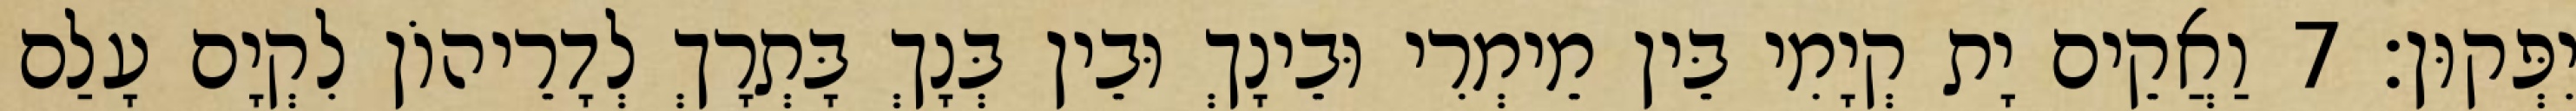
יִפְּקוּן׃ 7 וַאֲקֵים יָת קְיָמִי בֵּין מֵימְרִי וּבֵינָךְ וּבֵין בְּנָךְ בָּתְרָךְ לְדָרֵיהוֹן לִקְיָם עָלַם